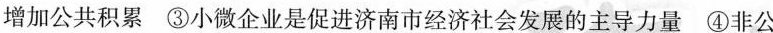
增加公共积累 ③小微企业是促进济南市经济社会发展的主导力量 ④非公